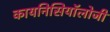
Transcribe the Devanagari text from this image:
कायनिसियॉलोजी